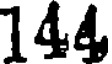
144